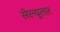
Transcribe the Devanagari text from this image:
सेल्यूलार